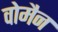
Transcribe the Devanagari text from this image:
वोमैन